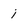
Character: i